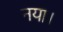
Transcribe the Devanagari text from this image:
नया।